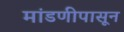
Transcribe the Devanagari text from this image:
मांडणीपासून